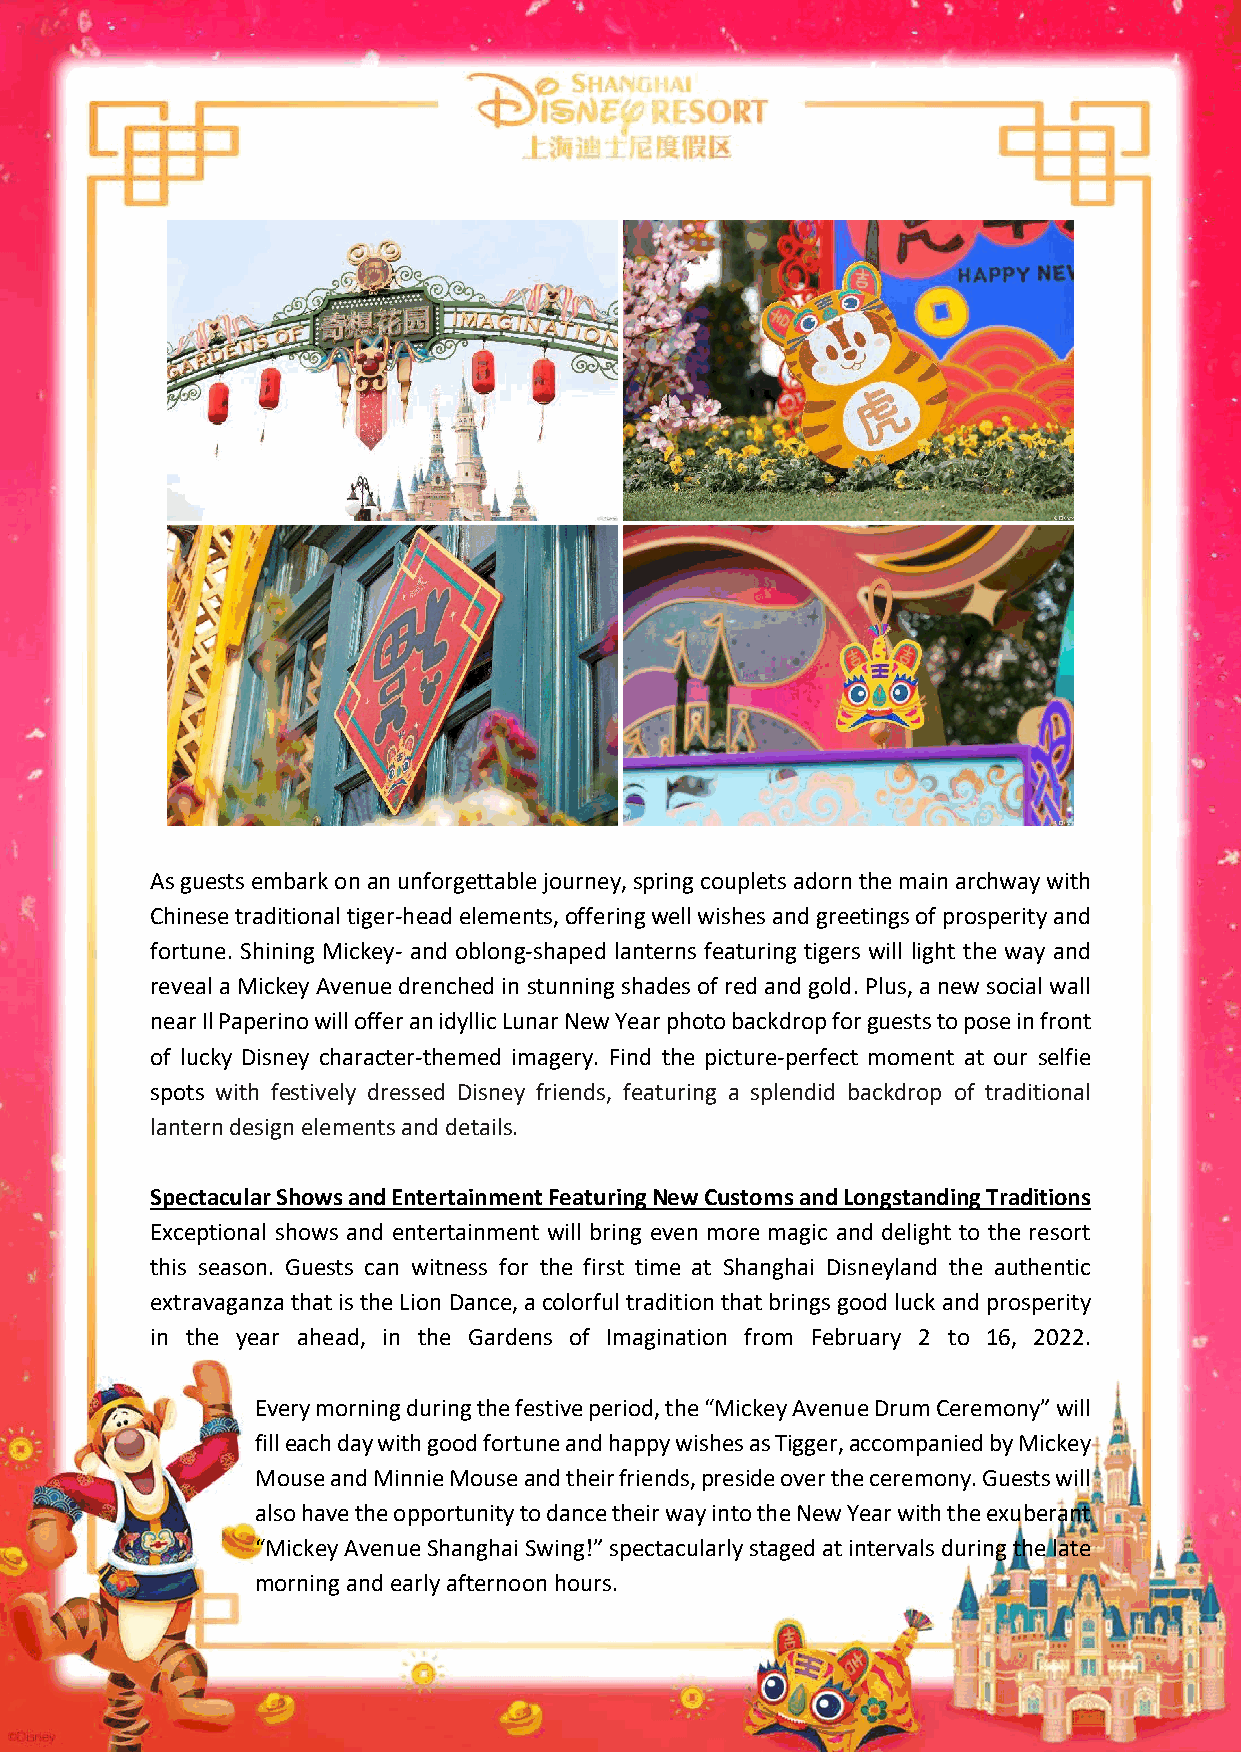
As guests embark on an unforgettable journey, spring couplets adorn the main archway with
 Chinese traditional tiger-head elements, offering well wishes and greetings of prosperity and
 fortune. Shining Mickey- and oblong-shaped lanterns featuring tigers will light the way and
 reveal a Mickey Avenue drenched in stunning shades of red and gold. Plus, a new social wall
 near Il Paperino will offer an idyllic Lunar New Year photo backdrop for guests to pose in front
 of lucky Disney character-themed imagery. Find the picture-perfect moment at our selfie
 spots with festively dressed Disney friends, featuring a splendid backdrop of traditional
 lantern design elements and details.
 Spectacular Shows and Entertainment Featuring New Customs and Longstanding Traditions
 Exceptional shows and entertainment will bring even more magic and delight to the resort
 this season. Guests can witness for the first time at Shanghai Disneyland the authentic
 extravaganza that is the Lion Dance, a colorful tradition that brings good luck and prosperity
 in the year ahead, in the Gardens of Imagination from February 2 to 16, 2022.
 Every morning during the festive period, the “Mickey Avenue Drum Ceremony” will
 fill each day with good fortune and happy wishes as Tigger, accompanied by Mickey
 Mouse and Minnie Mouse and their friends, preside over the ceremony. Guests will
 also have the opportunity to dance their way into the New Year with the exuberant
 “Mickey Avenue Shanghai Swing!” spectacularly staged at intervals during the late
 morning and early afternoon hours.